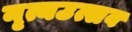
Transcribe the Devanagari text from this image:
नृत्यउत्सव